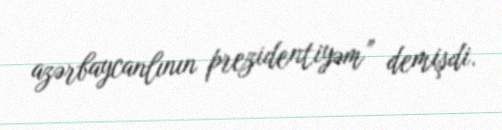
azərbaycanlının prezidentiyəm” demişdi.